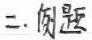
二. 例题